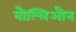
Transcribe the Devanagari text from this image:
बौल्लिऔन